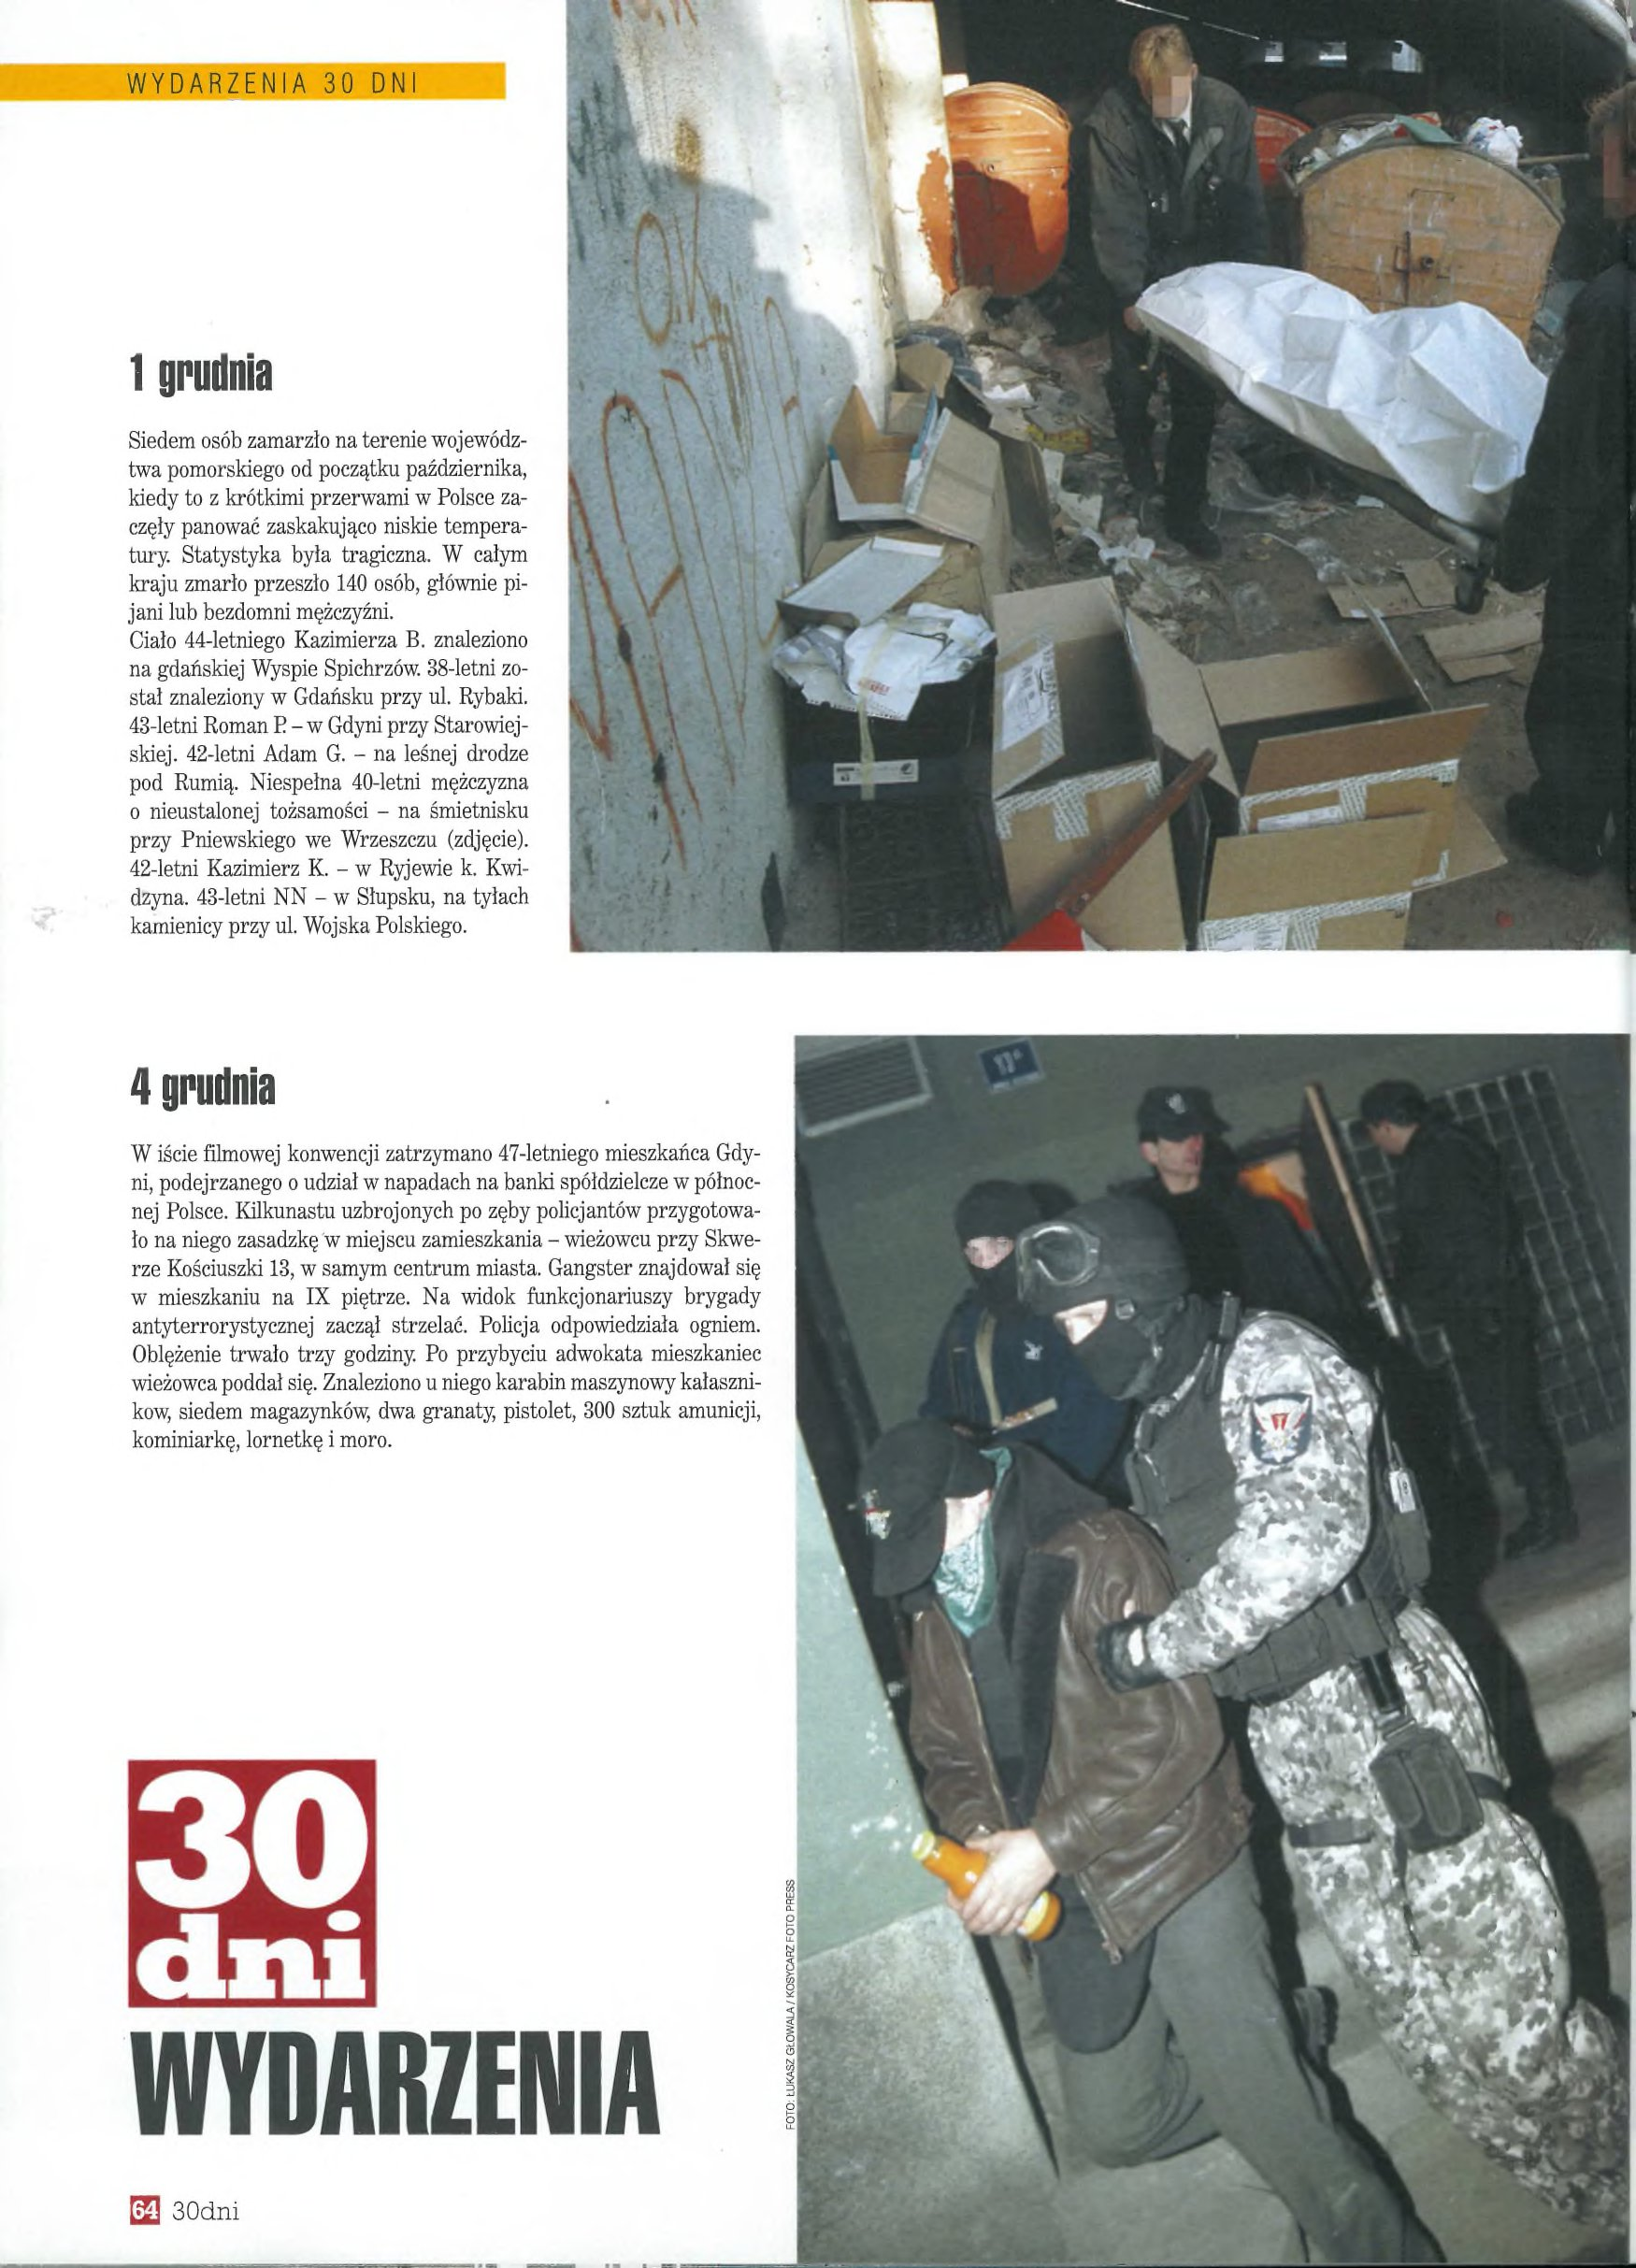
Language: pl